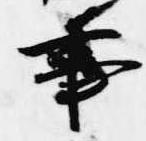
事